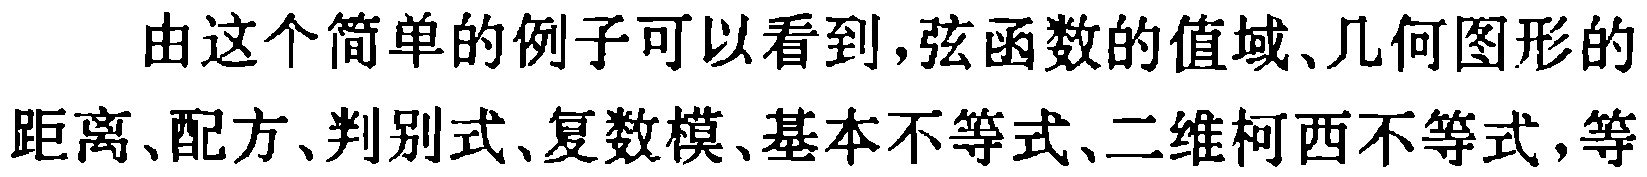
由这个简单的例子可以看到,弦函数的值域、几何图形的距离、配方、判别式、复数模、基本不等式、二维柯西不等式,等